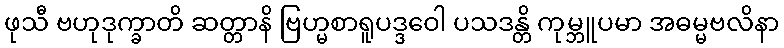
ဖုသီ ဗဟုဒုက္ခာတိ ဆတ္တာနိ ဗြဟ္မစာရူပဒ္ဒဝေါ ပသဒန္တိ ကုမ္ဘူပမာ အဓမ္မဗလိနာ